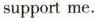
support me.